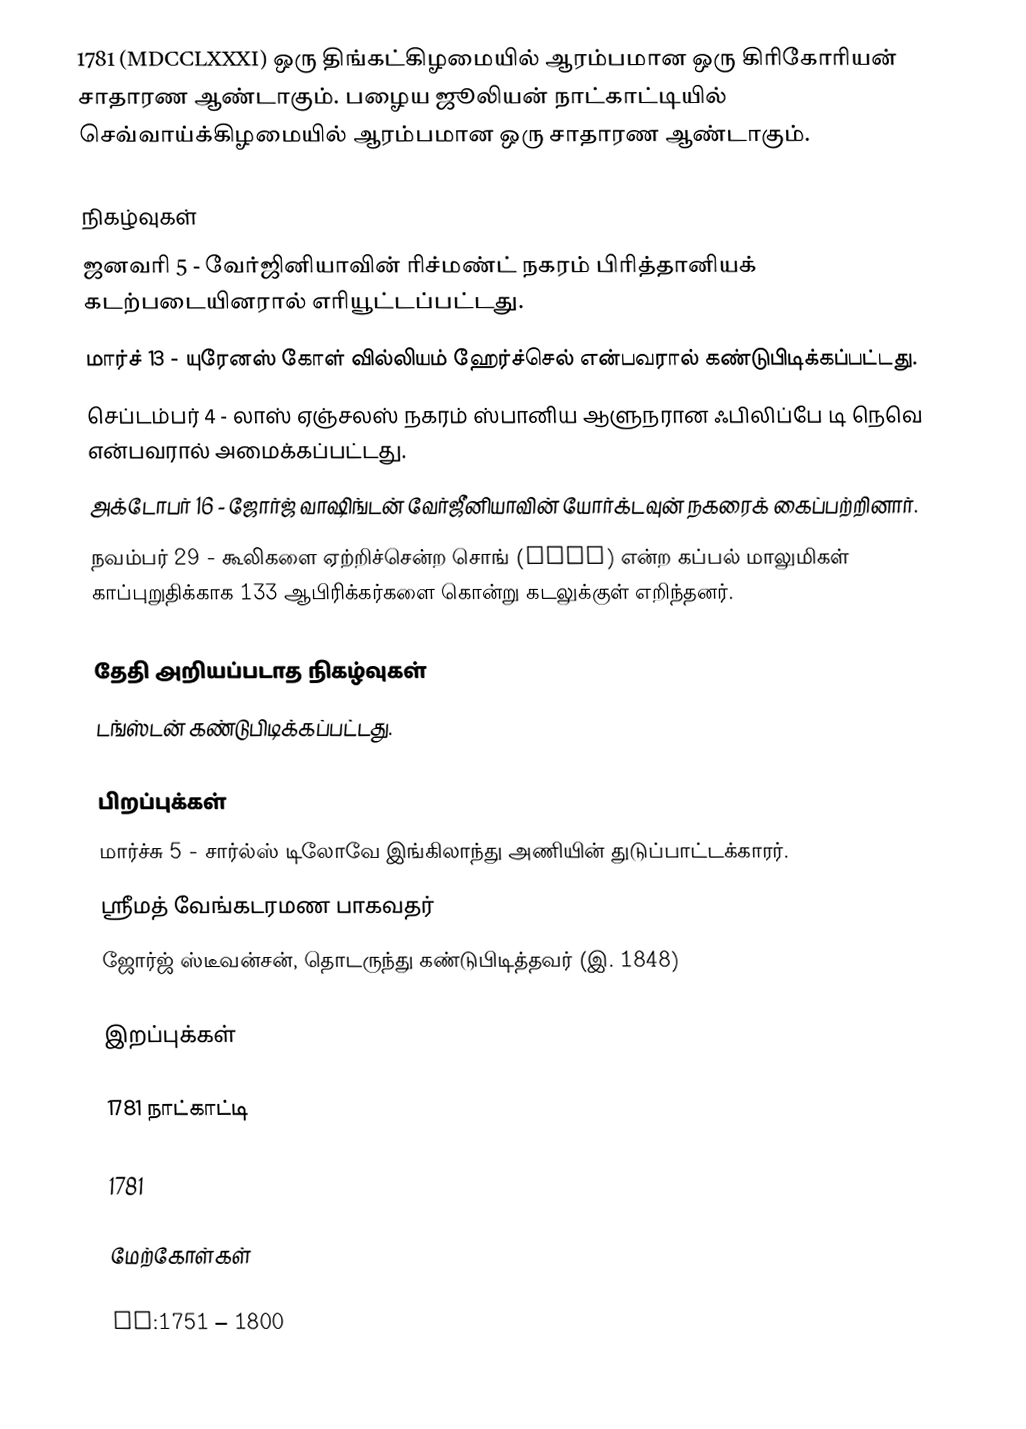
1781  (MDCCLXXXI) ஒரு திங்கட்கிழமையில் ஆரம்பமான ஒரு கிரிகோரியன் சாதாரண ஆண்டாகும். பழைய ஜூலியன் நாட்காட்டியில் செவ்வாய்க்கிழமையில் ஆரம்பமான ஒரு சாதாரண ஆண்டாகும்.

நிகழ்வுகள்
 ஜனவரி 5 - வேர்ஜினியாவின் ரிச்மண்ட் நகரம் பிரித்தானியக் கடற்படையினரால் எரியூட்டப்பட்டது.
 மார்ச் 13 - யுரேனஸ் கோள் வில்லியம் ஹேர்ச்செல் என்பவரால் கண்டுபிடிக்கப்பட்டது.
 செப்டம்பர் 4 - லாஸ் ஏஞ்சலஸ் நகரம் ஸ்பானிய ஆளுநரான ஃபிலிப்பே டி நெவெ என்பவரால் அமைக்கப்பட்டது.
 அக்டோபர் 16 - ஜோர்ஜ் வாஷிங்டன் வேர்ஜீனியாவின் யோர்க்டவுன் நகரைக் கைப்பற்றினார்.
 நவம்பர் 29 - கூலிகளை ஏற்றிச்சென்ற சொங் (Zong) என்ற கப்பல் மாலுமிகள் காப்புறுதிக்காக 133 ஆபிரிக்கர்களை கொன்று கடலுக்குள் எறிந்தனர்.

தேதி அறியப்படாத நிகழ்வுகள்
 டங்ஸ்டன் கண்டுபிடிக்கப்பட்டது.

பிறப்புக்கள்
 மார்ச்சு 5 - சார்ல்ஸ் டிலோவே இங்கிலாந்து அணியின் துடுப்பாட்டக்காரர்.
 ஸ்ரீமத் வேங்கடரமண பாகவதர்
 ஜோர்ஜ் ஸ்டீவன்சன், தொடருந்து கண்டுபிடித்தவர் (இ. 1848)

இறப்புக்கள்

1781 நாட்காட்டி

1781

மேற்கோள்கள்

nv:1751 – 1800